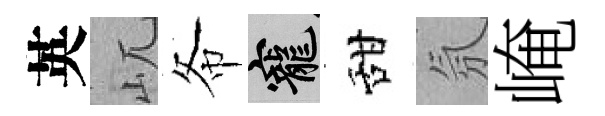
英屼𢁙寵甜氛崦